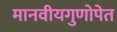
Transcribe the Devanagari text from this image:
मानवीयगुणोपेत